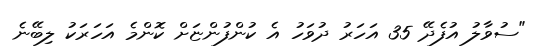
"ސުވާލު އުފެދޭ 35 އަހަރު ދުވަހު އެ ކުންފުންޏަށް ކޮންމެ އަހަރަކު ލިބޭނެ